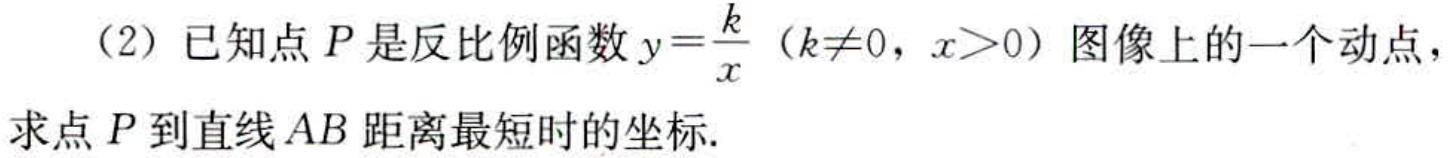
（2）已知点\(P\)是反比例函数\(y = \frac{k}{x}\)（\(k\neq0\)，\(x>0\)）图像上的一个动点，求点\(P\)到直线\(AB\)距离最短时的坐标.